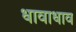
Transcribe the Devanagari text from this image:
धावाधाव